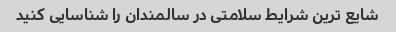
شایع ترین شرایط سلامتی در سالمندان را شناسایی کنید